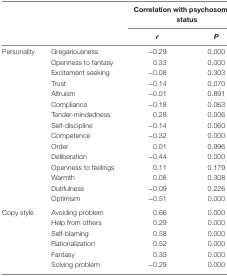
<table><thead><tr><td></td><td></td><td colspan="2"><b>Correlation with psychosomatic status</b></td></tr><tr><td></td><td></td><td><b><i>r</i></b></td><td><b><i>P</i></b></td></tr></thead><tbody><tr><td>Personality</td><td>Gregariousness</td><td>−0.29</td><td>0.000</td></tr><tr><td></td><td>Openness to fantasy</td><td>0.33</td><td>0.000</td></tr><tr><td></td><td>Excitement seeking</td><td>−0.08</td><td>0.303</td></tr><tr><td></td><td>Trust</td><td>−0.14</td><td>0.070</td></tr><tr><td></td><td>Altruism</td><td>−0.01</td><td>0.891</td></tr><tr><td></td><td>Compliance</td><td>−0.18</td><td>0.063</td></tr><tr><td></td><td>Tender-mindedness</td><td>0.28</td><td>0.006</td></tr><tr><td></td><td>Self-discipline</td><td>−0.14</td><td>0.060</td></tr><tr><td></td><td>Competence</td><td>−0.32</td><td>0.000</td></tr><tr><td></td><td>Order</td><td>0.01</td><td>0.996</td></tr><tr><td></td><td>Deliberation</td><td>−0.44</td><td>0.000</td></tr><tr><td></td><td>Openness to feelings</td><td>0.11</td><td>0.179</td></tr><tr><td></td><td>Warmth</td><td>0.08</td><td>0.308</td></tr><tr><td></td><td>Dutifulness</td><td>−0.09</td><td>0.226</td></tr><tr><td></td><td>Optimism</td><td>−0.51</td><td>0.000</td></tr><tr><td>Copy style</td><td>Avoiding problem</td><td>0.66</td><td>0.000</td></tr><tr><td></td><td>Help from others</td><td>0.29</td><td>0.000</td></tr><tr><td></td><td>Self-blaming</td><td>0.58</td><td>0.000</td></tr><tr><td></td><td>Rationalization</td><td>0.52</td><td>0.000</td></tr><tr><td></td><td>Fantasy</td><td>0.33</td><td>0.000</td></tr><tr><td></td><td>Solving problem</td><td>−0.29</td><td>0.000</td></tr></tbody></table>